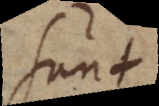
sunt